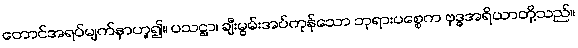
တောင်အရပ်မျက်နှာဟူ၍။ ပသဋ္ဌာ၊ ချီးမွမ်းအပ်ကုန်သော ဘုရားပစ္စေက ဗုဒ္ဓအရိယာတို့သည်။